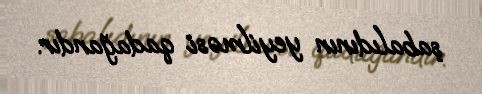
şabalıdının yeyilməsi qadağandır.